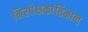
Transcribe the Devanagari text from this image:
निरपेक्षकांतिमान